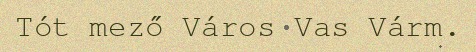
Tót mező Város Vas Várm.